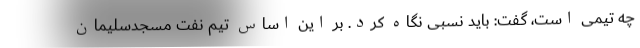
چه تیمی است، گفت: باید نسبی نگاه کرد. بر این اساس تیم نفت مسجدسلیمان